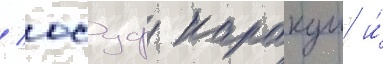
/ юсуф каракуш и́